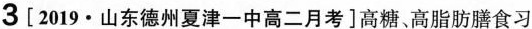
3[2019·山东德州夏津一中高二月考]高糖。高脂肪膳食习